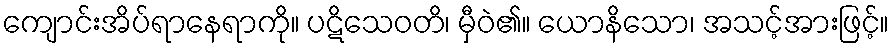
ကျောင်းအိပ်ရာနေရာကို။ ပဋိသေဝတိ၊ မှီဝဲ၏။ ယောနိသော၊ အသင့်အားဖြင့်။